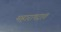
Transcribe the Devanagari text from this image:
महाराषट्रात